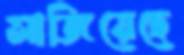
সাজিয়েছে